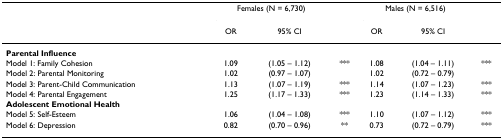
|  | <COLSPAN=2> Females (N = 6,730) |  | <COLSPAN=2> Males (N = 6,516) |  |
 |  | OR | 95% CI |  | OR | 95% CI |  |
 | --- | --- | --- | --- | --- | --- | --- |
 | Parental Influence |  |  |  |  |  |  |
 | Model 1: Family Cohesion | 1.09 | (1.05 – 1.12) | *** | 1.08 | (1.04 – 1.11) | *** |
 | Model 2: Parental Monitoring | 1.02 | (0.97 – 1.07) |  | 1.02 | (0.72 – 0.79) |  |
 | Model 3: Parent-Child Communication | 1.13 | (1.07 – 1.19) | *** | 1.14 | (1.07 – 1.23) | *** |
 | Model 4: Parental Engagement | 1.25 | (1.17 – 1.33) | *** | 1.23 | (1.14 – 1.33) | *** |
 | Adolescent Emotional Health |  |  |  |  |  |  |
 | Model 5: Self-Esteem | 1.06 | (1.04 – 1.08) | *** | 1.10 | (1.07 – 1.12) | *** |
 | Model 6: Depression | 0.82 | (0.70 – 0.96) | ** | 0.73 | (0.72 – 0.79) | *** |